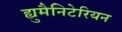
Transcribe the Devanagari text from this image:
ह्युमैनिटेरियन